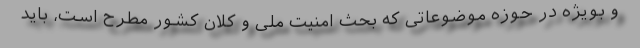
و بویژه در حوزه موضوعاتی که بحث امنیت ملی و کلان کشور مطرح است، باید